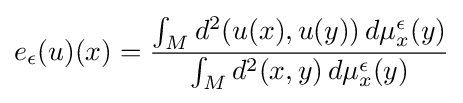
e_{\epsilon }(u)(x)={\frac {\int _{M}d^{2}(u(x),u(y))\,d\mu _{x}^{\epsilon }(y)}{\int _{M}d^{2}(x,y)\,d\mu _{x}^{\epsilon }(y)}}